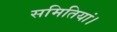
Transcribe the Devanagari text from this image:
समितियां।